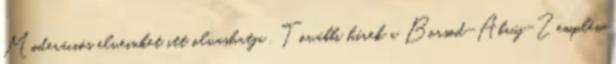
Moderációs elveinket itt olvashatja . További hírek a Borsod-Abaúj-Zemplén